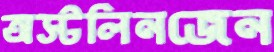
অস্টলিনজেন